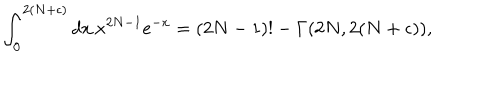
\int _ { 0 } ^ { 2 ( N + \epsilon ) } d x \, x ^ { 2 N - 1 } e ^ { - x } = ( 2 N - 1 ) ! - \Gamma ( 2 N , 2 ( N + \epsilon ) ) ,